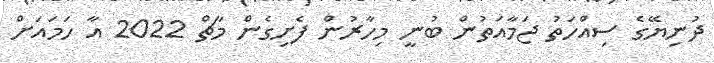
ދުނިޔޭގެ ސިއްހަތު ޖަމާއަތުން ބުނީ މިހާރުން ފެށިގެން މާޗް 2022 އާ ހަމައަށް